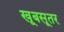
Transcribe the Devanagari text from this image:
खूबसूतर